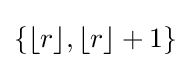
\{\lfloor r\rfloor ,\lfloor r\rfloor +1\}